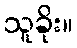
သူခိုး။